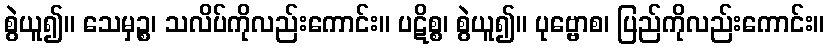
စွဲယူ၍။ သေမှဉ္စ၊ သလိပ်ကိုလည်းကောင်း။ ပဋိစ္စ၊ စွဲယူ၍။ ပုဗ္ဗောစ၊ ပြည်ကိုလည်းကောင်း။